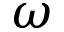
\omega